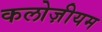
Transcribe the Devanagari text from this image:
कलोज़ीयम